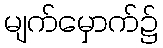
မျက်မှောက်၌